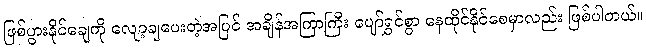
ဖြစ်ပွားနိုင်ချေကို လျော့ချပေးတဲ့အပြင် အချိန်အကြာကြီး ပျော်ရွှင်စွာ နေထိုင်နိုင်စေမှာလည်း ဖြစ်ပါတယ်။